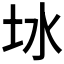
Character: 𪢿